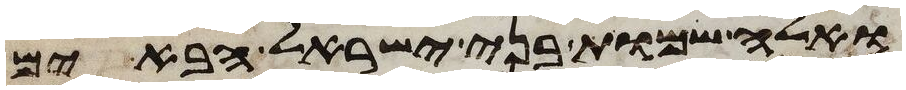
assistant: ואלה שמות בני ישראל הבאים